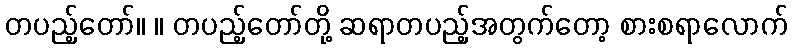
တပည့်တော်။ ။ တပည့်တော်တို့ ဆရာတပည့်အတွက်တော့ စားစရာလောက်